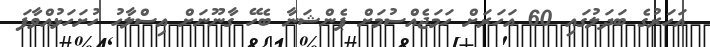
އަހަރުގެ ބަދަލުގައި 60 އަހަރަށް ހަމަޖެއްސުމަށް ޕެންޝަނާ ބެހޭ ގާނޫނަށް އިސްލާހު ހުށަހަޅުއްވާފަ